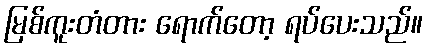
မြစ်ကူးတံတား ရောက်တော့ ရပ်ပေးသည်။